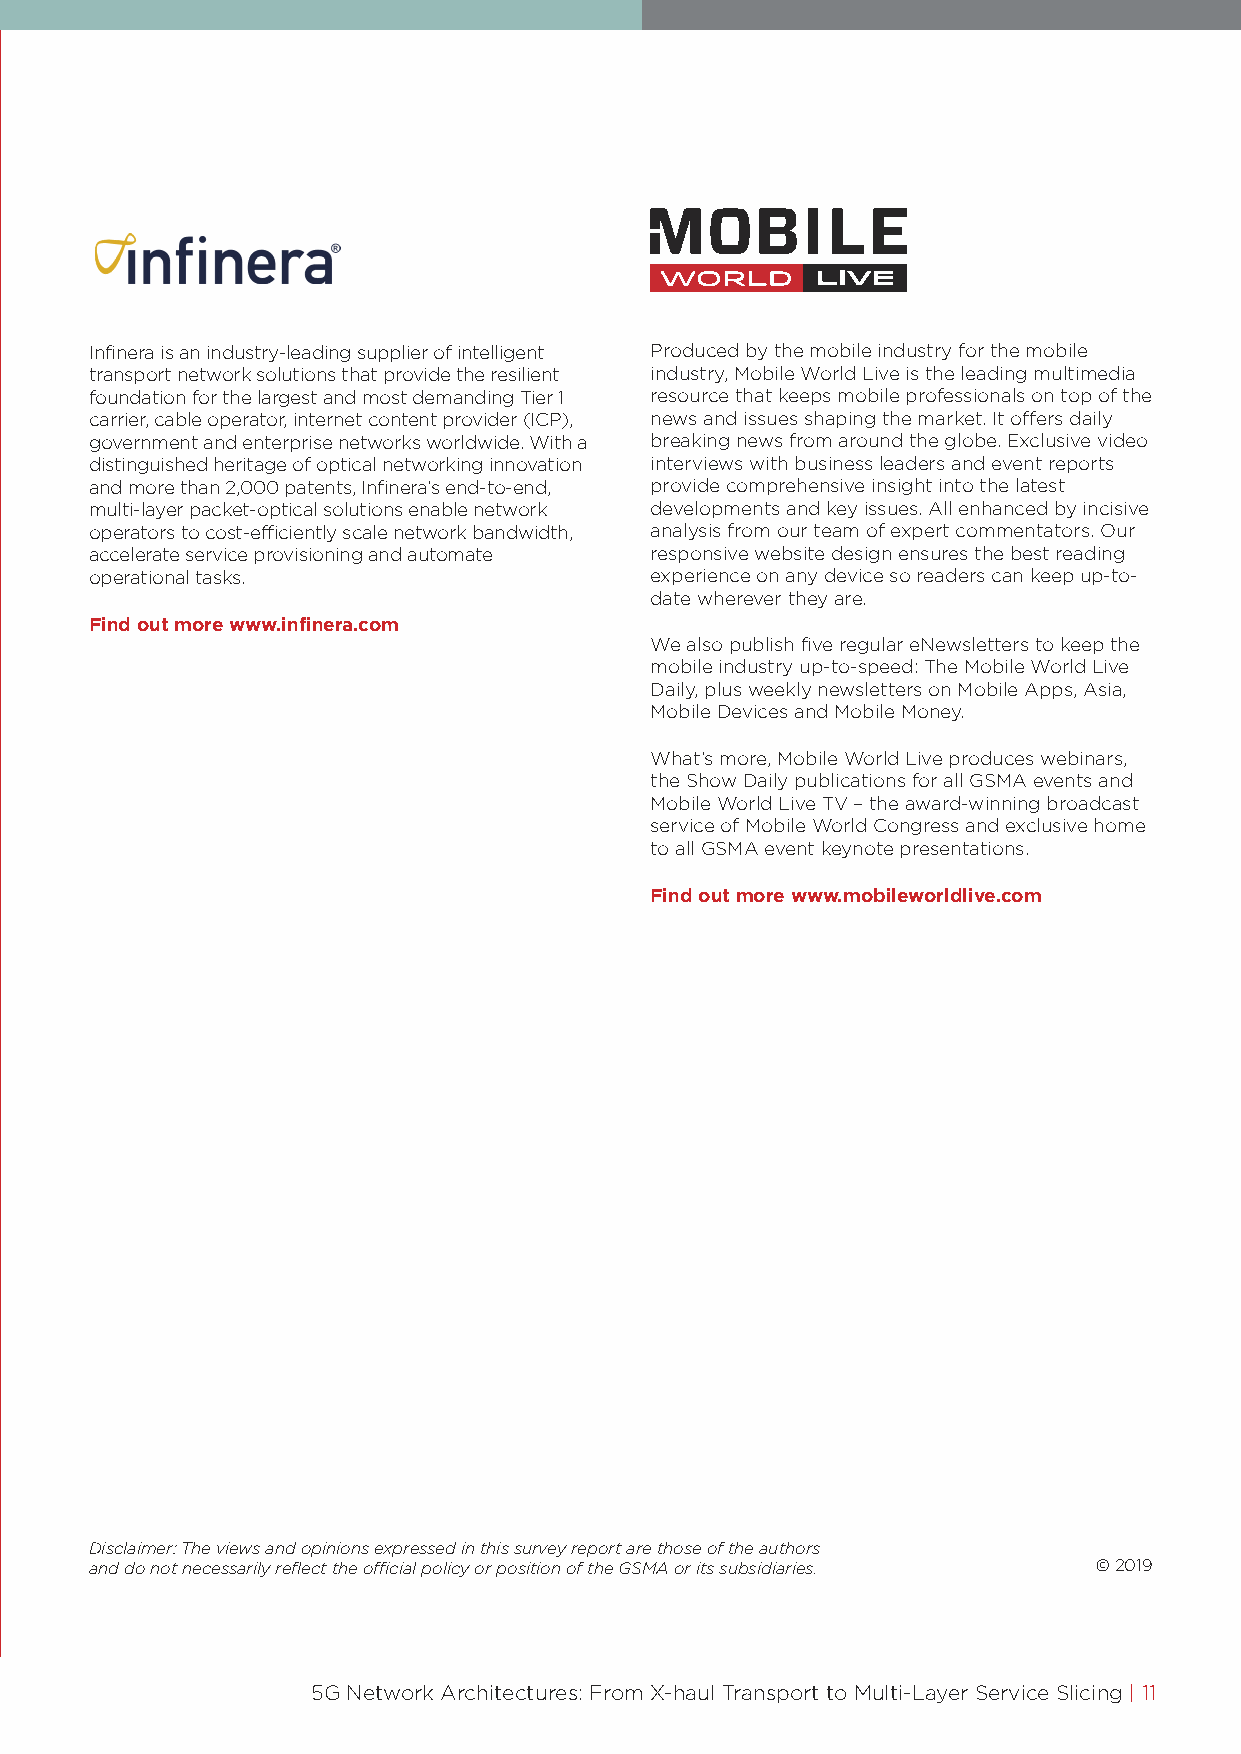
Infinera is an industry-leading supplier of intelligent Produced by the mobile industry for the mobile
 transport network solutions that provide the resilient industry, Mobile World Live is the leading multimedia
 foundation for the largest and most demanding Tier 1 resource that keeps mobile professionals on top of the
 carrier, cable operator, internet content provider (ICP), news and issues shaping the market. It offers daily
 government and enterprise networks worldwide. With a breaking news from around the globe. Exclusive video
 distinguished heritage of optical networking innovation interviews with business leaders and event reports
 and more than 2,000 patents, Infinera’s end-to-end, provide comprehensive insight into the latest
 multi-layer packet-optical solutions enable network developments and key issues. All enhanced by incisive
 operators to cost-efficiently scale network bandwidth, analysis from our team of expert commentators. Our
 accelerate service provisioning and automate responsive website design ensures the best reading
 operational tasks.                   experience on any device so readers can keep up-to-
 date wherever they are.
 Find out more www.infinera.com
 We also publish five regular eNewsletters to keep the
 mobile industry up-to-speed: The Mobile World Live
 Daily, plus weekly newsletters on Mobile Apps, Asia,
 Mobile Devices and Mobile Money.
 What’s more, Mobile World Live produces webinars,
 the Show Daily publications for all GSMA events and
 Mobile World Live TV – the award-winning broadcast
 service of Mobile World Congress and exclusive home
 to all GSMA event keynote presentations.
 Find out more www.mobileworldlive.com
 Disclaimer: The views and opinions expressed in this survey report are those of the authors
 and do not necessarily reflect the official policy or position of the GSMA or its subsidiaries. © 2019
 5G Network Architectures: From X-haul Transport to Multi-Layer Service Slicing | 11